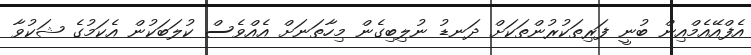
އެފްއޭއެމްއިން ބުނީ ފަރިތަކުރުންތަކަށް ދަނޑު ނުލިބިގެން މިހާތަނަށް އެއްވެސް ކުލަބަކުން އެކަމުގެ ޝަކުވާ